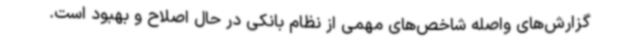
گزارش‌های واصله شاخص‌های مهمی از نظام بانکی در حال اصلاح و بهبود است.